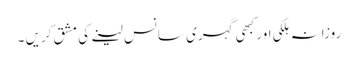
روزانہ ہلکی اور کبھی گہری سانس لینے کی مشق کریں ۔